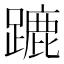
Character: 蹗